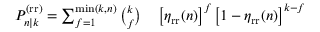
\begin{array} { r l } { P _ { n | k } ^ { \mathrm { ( r r ) } } = \sum _ { f = 1 } ^ { \operatorname* { m i n } ( k , n ) } \binom { k } { f } } & { { } \left[ \eta _ { \mathrm { r r } } ( n ) \right] ^ { f } \left[ 1 - \eta _ { \mathrm { r r } } ( n ) \right] ^ { k - f } } \end{array}